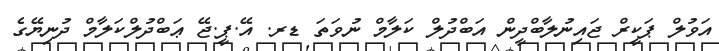
އަވުލް ޕަކީރް ޖައިނުލާބްދީން އަބްދުލް ކަލާމް ނުވަތަ ޑރ. އޭ.ޕީ.ޖޭ ޢަބްދުލްކަލާމް ދުނިޔޭގެ